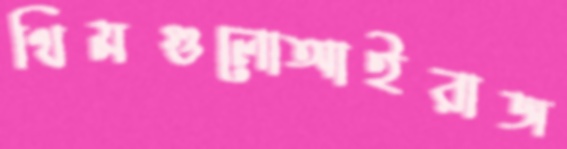
থিমগুলোআইরাজ